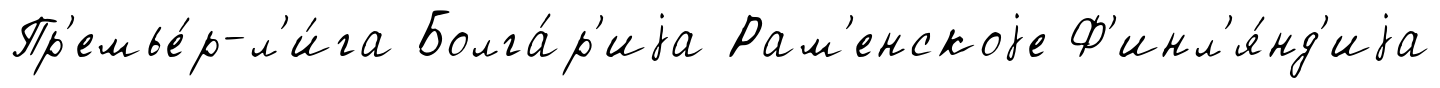
Пр'емье́р-л'и́га Болга́р'иjа Рам'енскоjе Ф'инл'я́нд'иjа